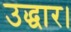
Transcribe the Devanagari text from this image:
उद्धार।